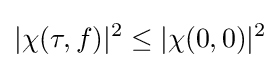
|\chi (\tau ,f)|^{2}\leq |\chi (0,0)|^{2}